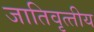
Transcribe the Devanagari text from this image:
जातिवृत्‍तीय